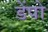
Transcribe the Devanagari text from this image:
डेंपो